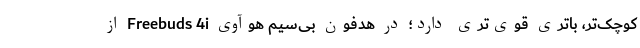
کوچک‌تر، باتری قوی‌تری دارد؛ در هدفون بی‌سیم هوآوی Freebuds 4i از